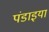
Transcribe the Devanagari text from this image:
पंडाइया